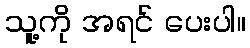
သူ့ကို အရင် ပေးပါ။